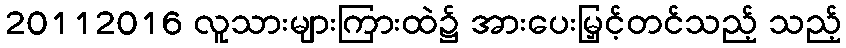
20112016 လူသားများကြားထဲ၌ အားပေးမြှင့်တင်သည့် သည့်